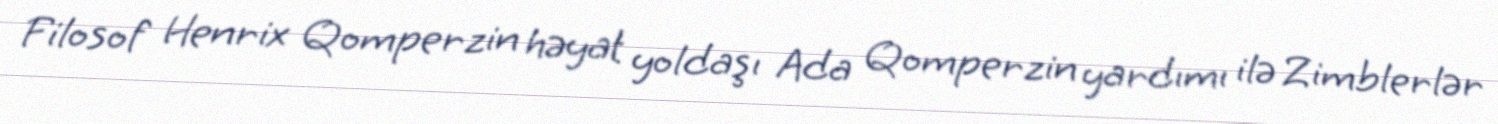
Filosof Henrix Qomperzin həyat yoldaşı Ada Qomperzin yardımı ilə Zimblerlər